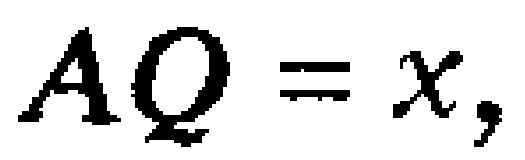
\(AQ = x,\)